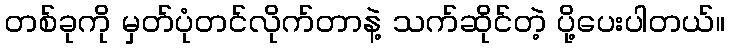
တစ်ခုကို မှတ်ပုံတင်လိုက်တာနဲ့ သက်ဆိုင်တဲ့ ပို့ပေးပါတယ်။